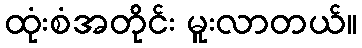
ထုံးစံအတိုင်း မူးလာတယ်။